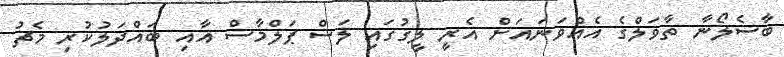
ބާސެލޯނާ ތާވަލްގެ އެއްވަނައަށް އެރީ ލީގުގައި ލަސް ޕަލްމާސް އާއި ބައްދަލުކުރި މެޗު